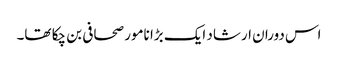
اس دوران ارشاد ایک بڑا نامور صحافی بن چکا تھا۔